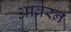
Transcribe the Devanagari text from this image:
आवरन